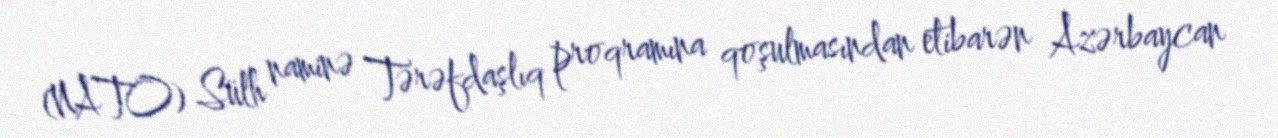
(NATO) Sülh naminə Tərəfdaşlıq proqramına qoşulmasından etibarən Azərbaycan